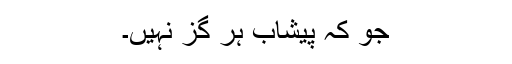
جو کہ پیشاب ہر گز نہیں۔